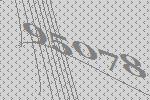
95078